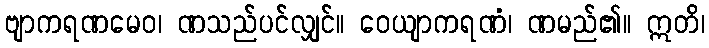
ဗျာကရဏမေဝ၊ ဏသည်ပင်လျှင်။ ဝေယျာကရဏံ၊ ဏမည်၏။ ဣတိ၊